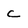
Character: c